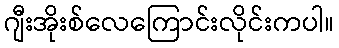
ဂျီးအိုးစ်လေကြောင်းလိုင်းကပါ။